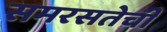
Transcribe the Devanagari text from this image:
समरसतेची